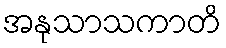
အနုသာသကာတိ